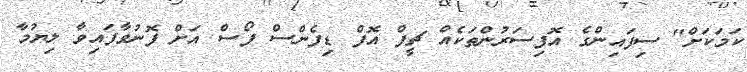
ކަމަކަށް" ސިފައިންގެ އޮފިސަރުންތަކެއް ޗީފް އޮފް ޑިފެންސް ފޯސް އަށް ފޮނުވާފައިވާ ލިޔުމާ